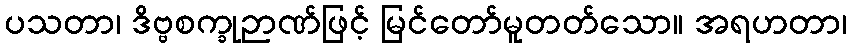
ပသတာ၊ ဒိဗ္ဗစက္ခုဉာဏ်ဖြင့် မြင်တော်မူတတ်သော။ အရဟတာ၊